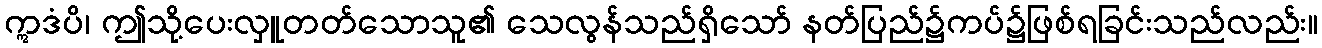
ဣဒံပိ၊ ဤသို့ပေးလှူတတ်သောသူ၏ သေလွန်သည်ရှိသော် နတ်ပြည်၌ကပ်၌ဖြစ်ရခြင်းသည်လည်း။